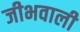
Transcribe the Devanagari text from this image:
जीभवाली